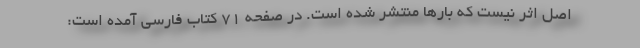
اصل اثر نیست که بارها منتشر شده است‌. در صفحه 71 کتاب فارسی آمده است: